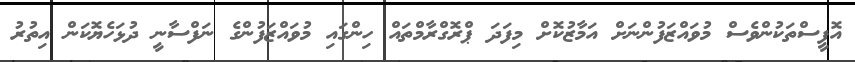
އޮފީސްތަކުންވެސް މުވައްޒަފުންނަށް އަމާޒުކޮށް މިފަދަ ޕްރޮގްރާމްތައް ހިންގައި މުވައްޒަފުންގެ ނަފްސާނީ ދުޅަހެޔޮކަން އިތުރު